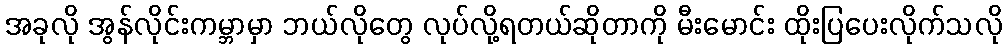
အခုလို အွန်လိုင်းကမ္ဘာမှာ ဘယ်လိုတွေ လုပ်လို့ရတယ်ဆိုတာကို မီးမောင်း ထိုးပြပေးလိုက်သလို